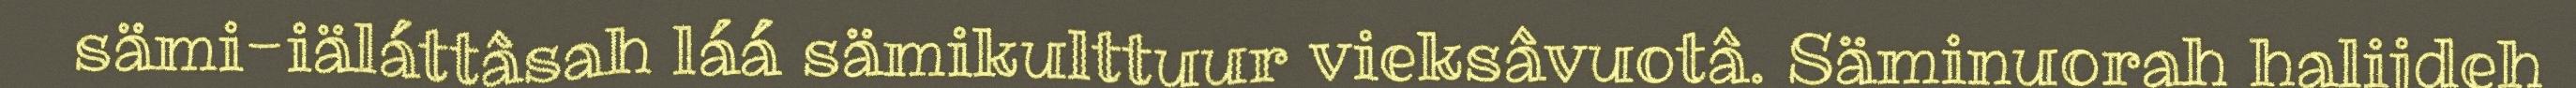
sämi-iäláttâsah láá sämikulttuur vieksâvuotâ. Säminuorah halijdeh